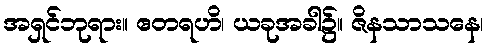
အရှင်ဘုရား။ ဧတရဟိ၊ ယခုအခါ၌။ ဇိနသာသနေ၊